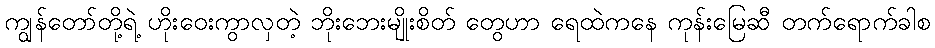
ကျွန်တော်တို့ရဲ့ ဟိုးဝေးကွာလှတဲ့ ဘိုးဘေးမျိုးစိတ် တွေဟာ ရေထဲကနေ ကုန်းမြေဆီ တက်ရောက်ခါစ